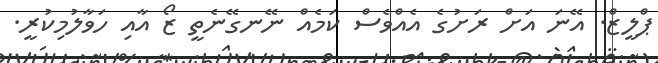
ޕްލީޒް. އޭނަ އަށް ރަށުގެ އެއްވެސް ކަމެއް ނޭނގޭނެތީ ޒޯ އާއި ހަވާލުމިކުރީ.